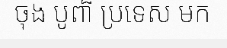
ចុង បូពា៏ ប្រទេស មក